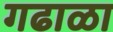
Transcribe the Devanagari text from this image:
गढाळा